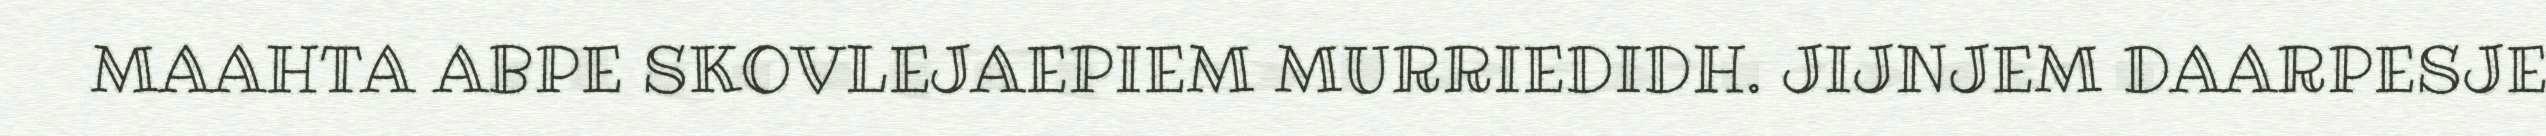
MAAHTA ABPE SKOVLEJAEPIEM MURRIEDIDH. JIJNJEM DAARPESJE